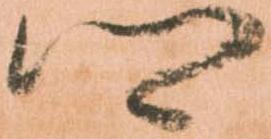
卿